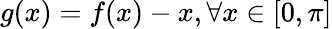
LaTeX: g(x)=f(x)-x,\forall x\in[0,\pi]